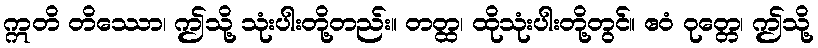
ဣတိ တိဿော၊ ဤသို့ သုံးပါးတို့တည်း။ တတ္ထ၊ ထိုသုံးပါးတို့တွင်။ ဧဝံ ဝုတ္တေ၊ ဤသို့